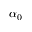
\alpha _ { 0 }